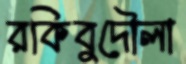
রকিবুদৌলা